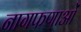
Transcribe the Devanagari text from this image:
नागफणाओं